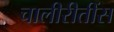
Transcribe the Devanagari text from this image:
चालीरीतींस